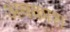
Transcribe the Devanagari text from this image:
अवकाश्‍ा